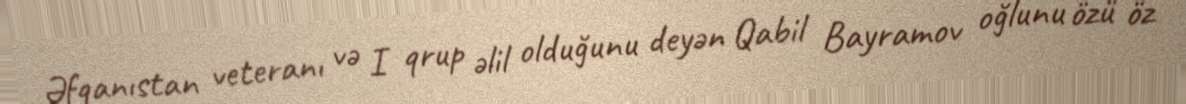
Əfqanıstan veteranı və I qrup əlil olduğunu deyən Qabil Bayramov oğlunu özü öz